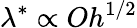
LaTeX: \lambda^{*}\propto Oh^{1/2}